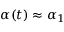
\alpha ( t ) \approx \alpha _ { 1 }